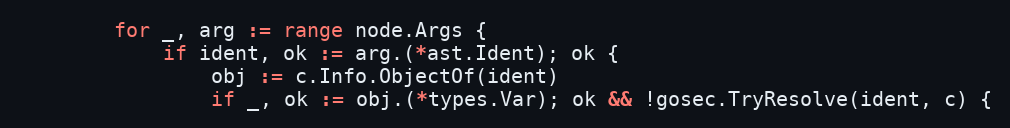
Language: Go
		for _, arg := range node.Args {
			if ident, ok := arg.(*ast.Ident); ok {
				obj := c.Info.ObjectOf(ident)
				if _, ok := obj.(*types.Var); ok && !gosec.TryResolve(ident, c) {